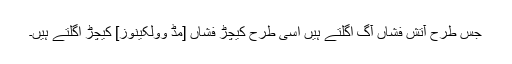
جس طرح آتش فشاں آگ اگلتے ہیں اسی طرح کیچڑ فشاں [مڈ وولکینوز] کیچڑ اگلتے ہیں۔